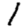
Digit: 1